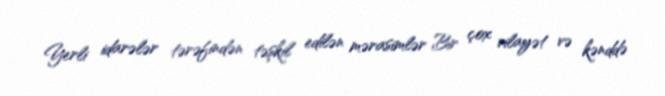
Yerli idarələr tərəfindən təşkil edilən mərasimlər Bir çox vilayət və kənddə